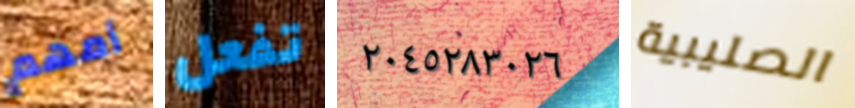
أمهم تفعل ٢٠٤٥٢٨٣٠٢٦ الصليبية